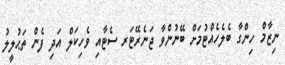
ނިޒާމް ހިންގާ ބެލެހެއްޓުމަށް ބޭނުންވާ ޖަނެރޭޓަރ ސެޓާއި ވެހިކަލް އަދި ފެން ތަޙުލީލު